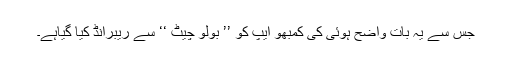
جس سے یہ بات واضح ہوئی کی کمبھو ایپ کو ’’ بولو چیٹ ‘‘ سے ریبرانڈ کیا گیاہے۔